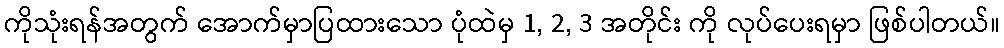
ကိုသုံးရန်အတွက် အောက်မှာပြထားသော ပုံထဲမှ 1, 2, 3 အတိုင်း ကို လုပ်ပေးရမှာ ဖြစ်ပါတယ်။